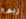
ربما